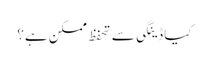
کیا ڈینگی سے تحفظ ممکن ہے؟